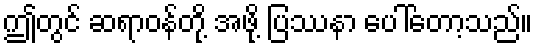
ဤတွင် ဆရာဝန်တို့ အဖို့ ပြဿနာ ပေါ်တော့သည်။